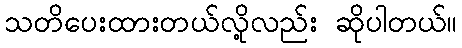
သတိပေးထားတယ်လို့လည်း ဆိုပါတယ်။